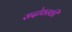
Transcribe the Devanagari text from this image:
सदोवस्की